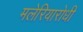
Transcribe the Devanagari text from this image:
मलेरियारोधी